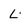
Character: L